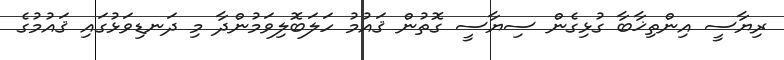
ރިޔާސީ އިންތިޚާބާ ގުޅިގެން ސިޔާސީ ގޮތުން ޤައުމު ހަލަބޮލިވަމުންދާ މި ދަނޑިވަޅުގައި ޤައުމުގެ